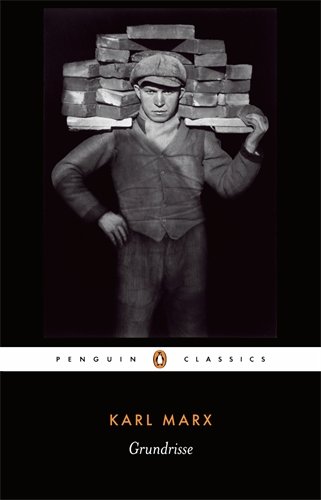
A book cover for Grundrisse: Foundations of the Critique of Political Economy (Penguin Classics); Karl Marx; Business & Money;